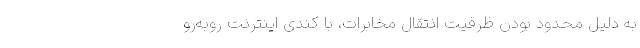
به دلیل محدود بودن ظرفیت انتقال مخابرات، با کندی اینترنت روبه‌رو